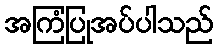
အကြံပြုအပ်ပါသည်